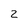
Character: 2